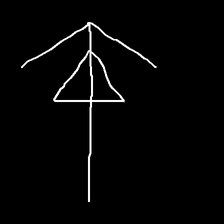
Glyph: pull